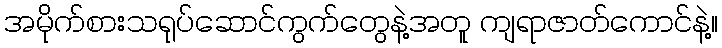
အမိုက်စားသရုပ်ဆောင်ကွက်တွေနဲ့အတူ ကျရာဇာတ်ကောင်နဲ့။